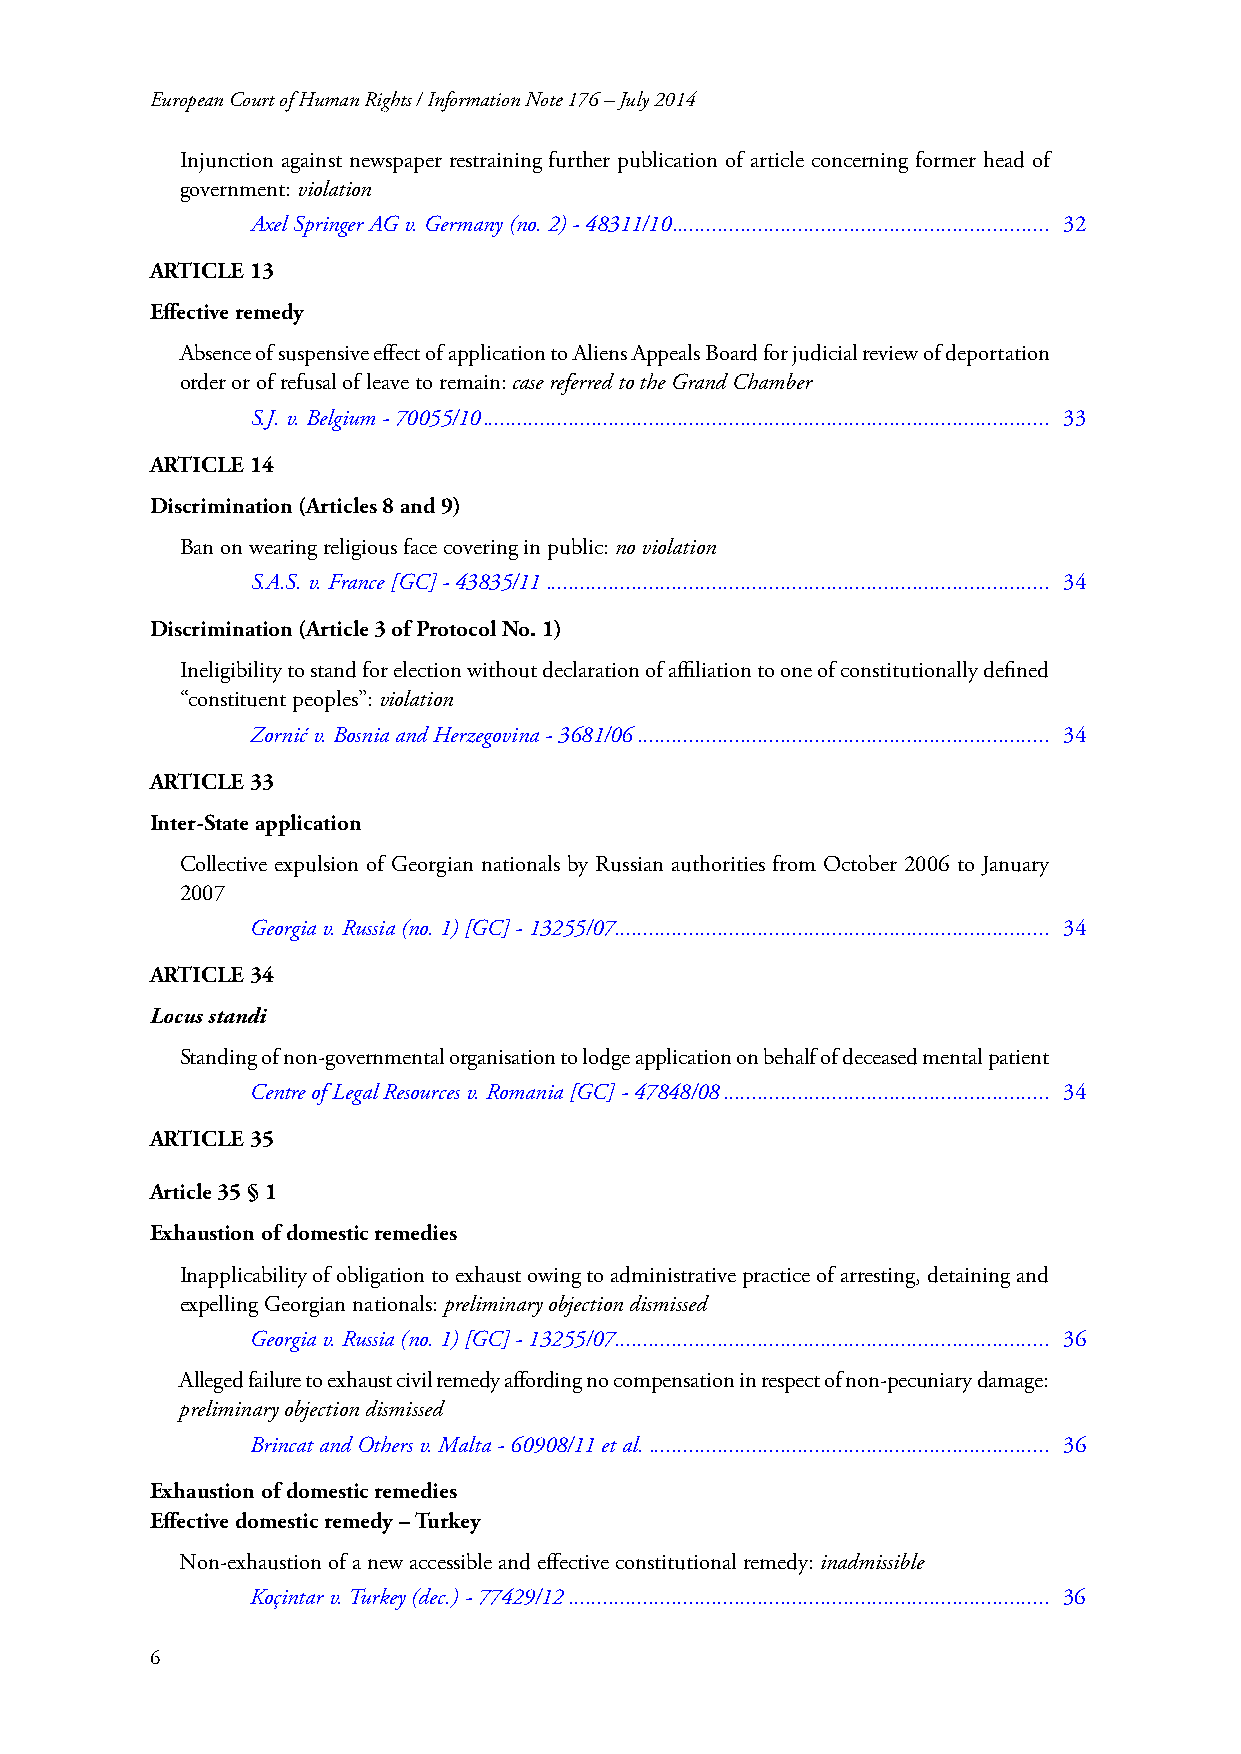
European Court of Human Rights / Information Note 176 – July 2014
 Injunction against newspaper restraining further publication of article concerning former head of
 government: violation
 Axel Springer AG v. Germany (no. 2) - 48311/10 .................................................................. 32
 ARTICLE 13
 Effective remedy
 Absence of suspensive effect of application to Aliens Appeals Board for judicial review of deportation
 order or of refusal of leave to remain: case referred to the Grand Chamber
 S.J. v. Belgium - 70055/10 ................................................................................................... 33
 ARTICLE 14
 Discrimination (Articles 8 and 9)
 Ban on wearing religious face covering in public: no violation
 S.A.S. v. France [GC] - 43835/11 ........................................................................................ 34
 Discrimination (Article 3 of Protocol No. 1)
 Ineligibility to stand for election without declaration of affiliation to one of constitutionally defined
 “constituent peoples”: violation
 Zornić v. Bosnia and Herzegovina - 3681/06 ........................................................................ 34
 ARTICLE 33
 Inter-State application
 Collective expulsion of Georgian nationals by Russian authorities from October 2006 to January
 2007
 Georgia v. Russia (no. 1) [GC] - 13255/07............................................................................ 34
 ARTICLE 34
 Locus standi
 Standing of non-governmental organisation to lodge application on behalf of deceased mental patient
 Centre of Legal Resources v. Romania [GC] - 47848/08 ......................................................... 34
 ARTICLE 35
 Article 35 § 1
 Exhaustion of domestic remedies
 Inapplicability of obligation to exhaust owing to administrative practice of arresting, detaining and
 expelling Georgian nationals: preliminary objection dismissed
 Georgia v. Russia (no. 1) [GC] - 13255/07............................................................................ 36
 Alleged failure to exhaust civil remedy affording no compensation in respect of non-pecuniary damage:
 preliminary objection dismissed
 Brincat and Others v. Malta - 60908/11 et al. ...................................................................... 36
 Exhaustion of domestic remedies
 Effective domestic remedy – Turkey
 Non-exhaustion of a new accessible and effective constitutional remedy: inadmissible
 Koçintar v. Turkey (dec.) - 77429/12 .................................................................................... 36
 6